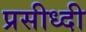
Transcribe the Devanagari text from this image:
प्रसीध्दी